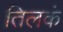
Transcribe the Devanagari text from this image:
तिलकं